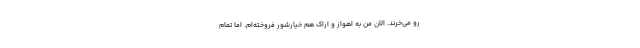
رو می‌خرند. الان من به اهواز و اراک هم خیارشور فروخته‌ام. اما تمام